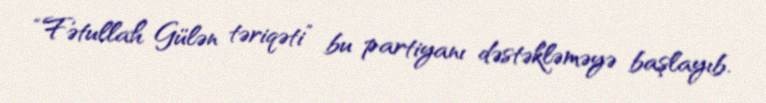
“Fətullah Gülən təriqəti” bu partiyanı dəstəkləməyə başlayıb.